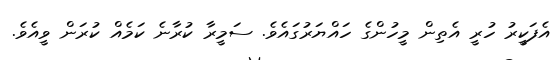
އެފަކީރު ހުރީ އެތިން މީހުންގެ ހައްޔަރުގައެވެ. ސަމީރާ ކުރާނެ ކަމެއް ކުރަން ވީއެވެ.